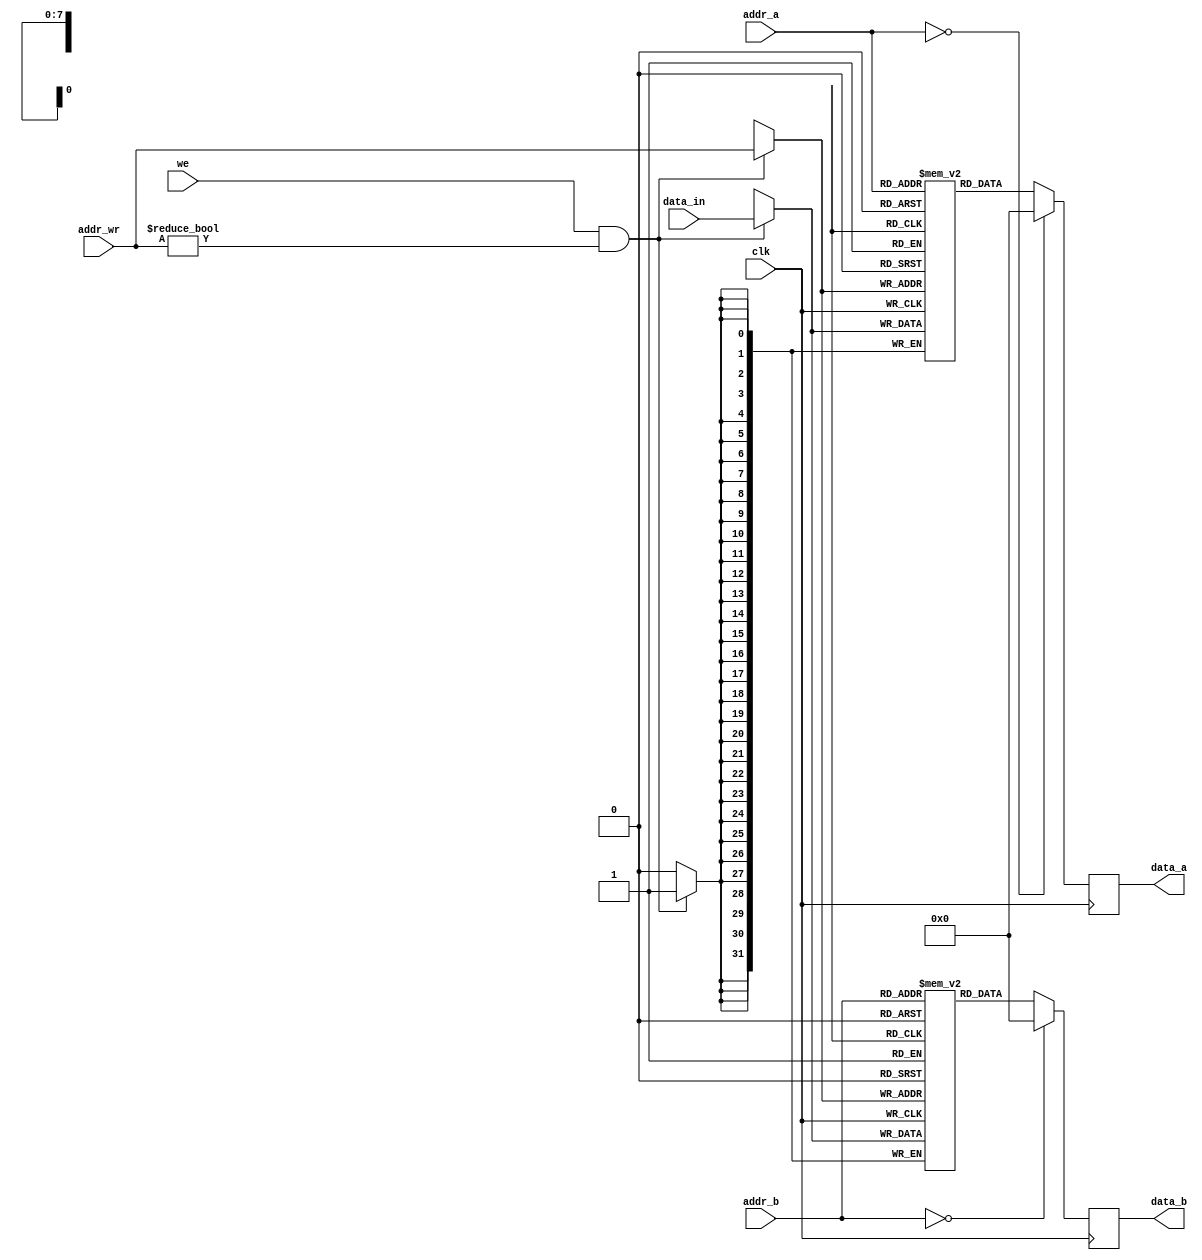
module RAM(
    input clk,
    input [7:0] addr_a, addr_b, addr_wr,
    input [31:0] data_in,
    input we,
    output reg [31:0] data_a, data_b
);
    
	 
    reg [31:0] RAMA [255:0];
    reg [31:0] RAMB [255:0];

	 
	 
	 
    always @(posedge clk) begin
        
        if (we && addr_wr != 8'd0) begin
            RAMA[addr_wr] <= data_in;
            RAMB[addr_wr] <= data_in;
        end
    end

	 
	 
    always @(posedge clk) begin
        
        if (addr_a == 8'd0)
            data_a <= 32'd0;
        else
            data_a <= RAMA[addr_a];

        
        if (addr_b == 8'd0)
            data_b <= 32'd0;
        else
            data_b <= RAMB[addr_b];
				
				
				
    end
	 
endmodule